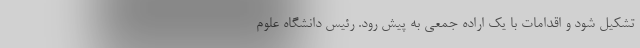
تشکیل شود و اقدامات با یک اراده جمعی به پیش رود. رئیس دانشگاه علوم